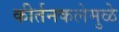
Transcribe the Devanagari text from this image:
कीर्तनकलेमुळे